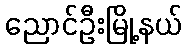
ညောင်ဦးမြို့နယ်